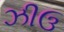
ઝીઉ